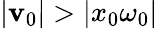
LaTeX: |\mathbf{v}_{0}|>|x_{0}\omega_{0}|